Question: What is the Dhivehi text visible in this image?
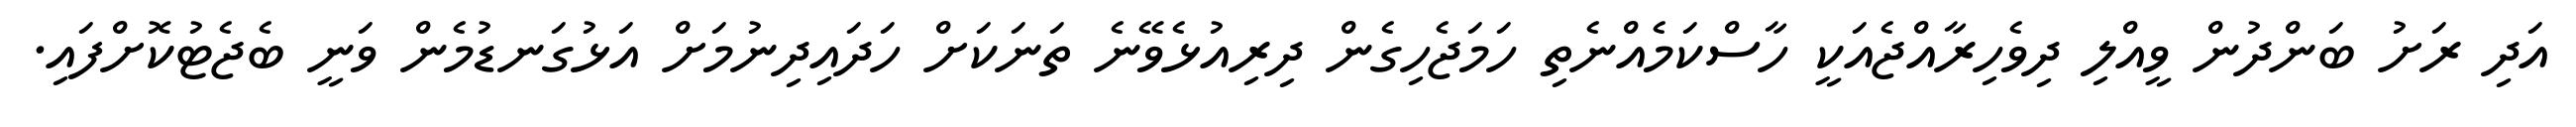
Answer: އަދި ރަށު ބަންދުން ވީއްލި ދިވެހިރާއްޖެއަކީ ހާސްކަމެއްނެތި ހަމަޖެހިގެން ދިރިއުޅެވޭނެ ތަނަކަށް ހަދައިދިނުމަށް އަޅުގަނޑުމެން ވަނީ ބެޖެޓުކޮށްފައި.